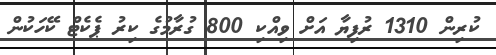
ކުރިން 1310 ރުފިޔާ އަށް ވިއްކި 800 ގުރާމުގެ ކިރު ޕެކެޓް ކޭހަކުން